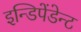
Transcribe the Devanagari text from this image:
इन्डिपेंडेन्ट